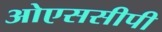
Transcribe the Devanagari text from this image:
ओएससीपी